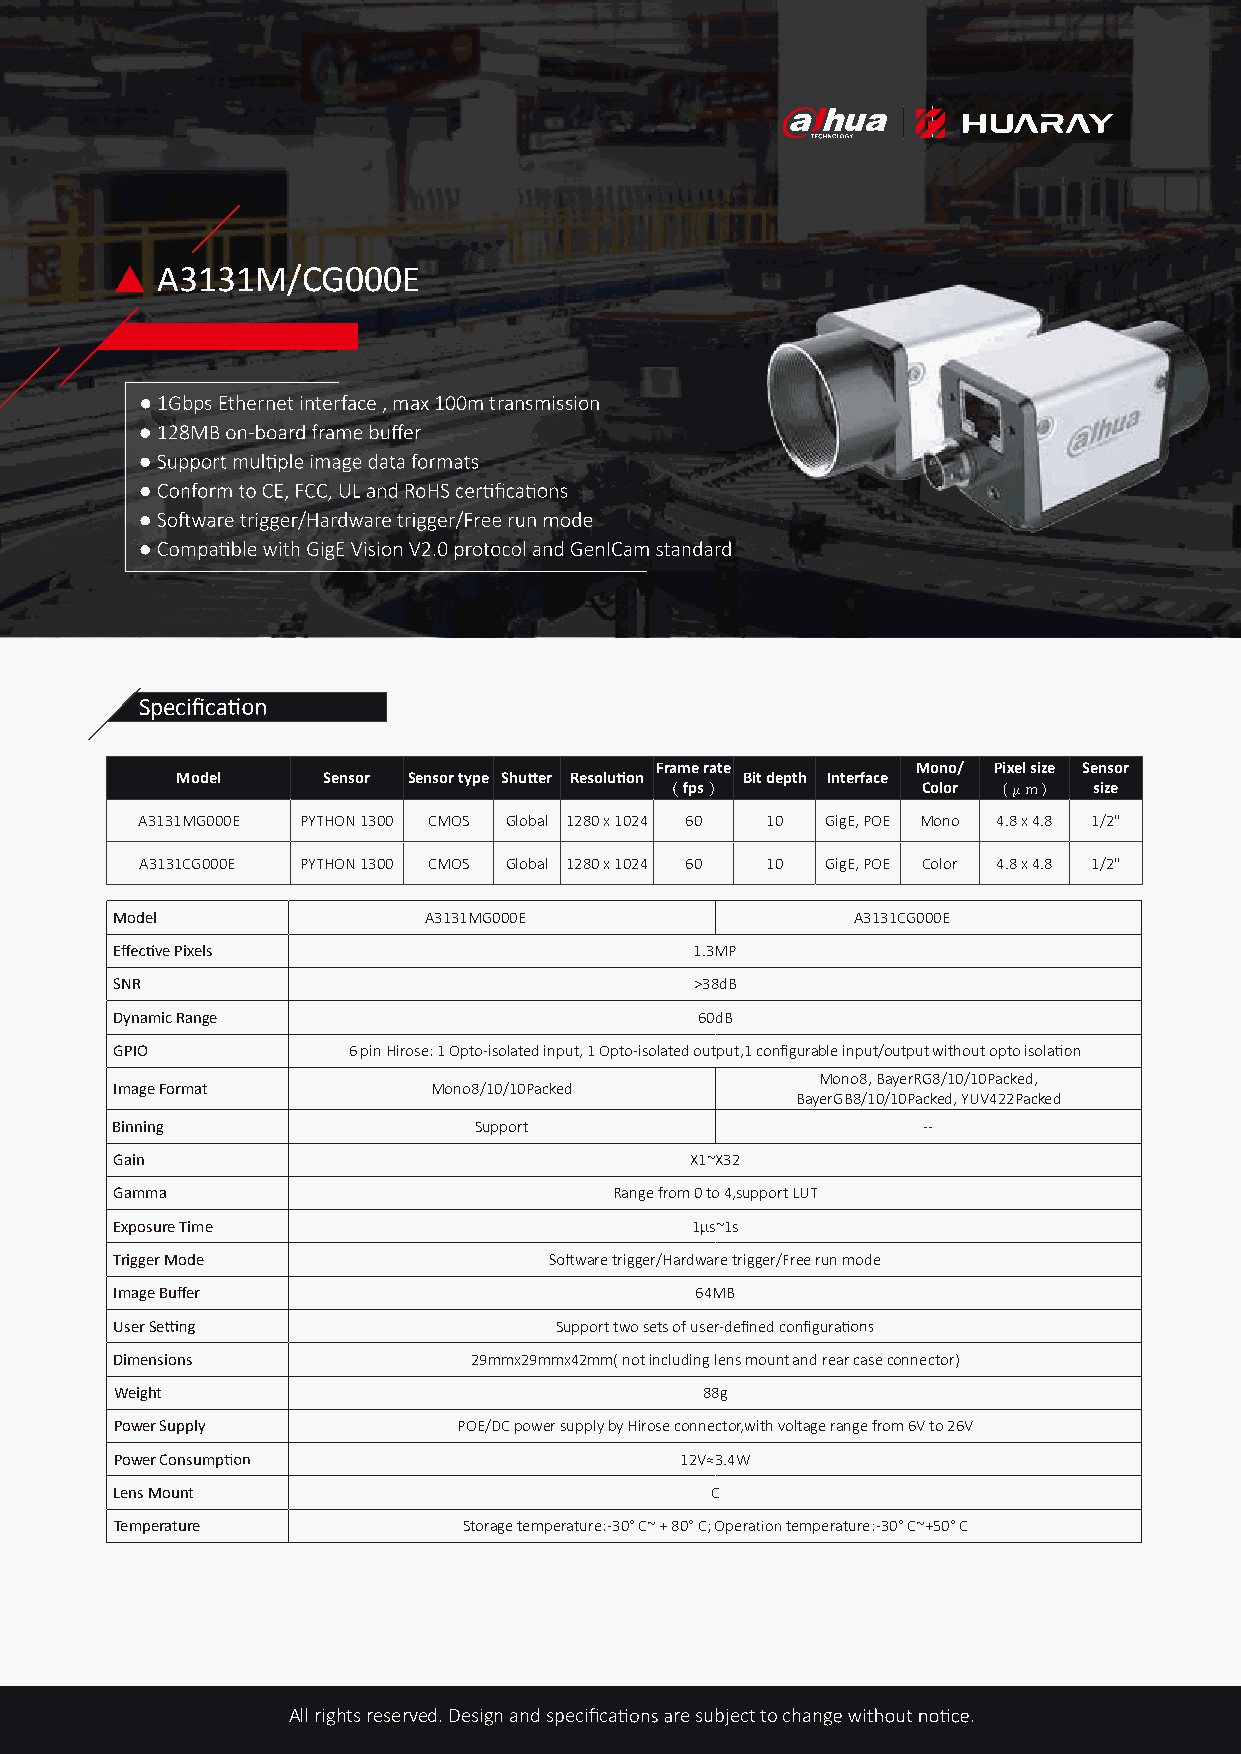
▲  A3131M/CG000E
 ● 1Gbps Ethernet interface , max 100m transmission
 Specifica
 Frame rate        Mono/ Pixel size Sensor
 Model    Sensor Sensor type Shu er R Bit depth Interface
 （ fps ）          Color (μm ) size
 A3131MG000E PYTHON 1300 CMOS Global 1280 x 1024 60 10 GigE, POE Mono 4.8 x 4.8 1/2"
 A3131CG000E PYTHON 1300 CMOS Global 1280 x 1024 60 10 GigE, POE Color 4.8 x 4.8 1/2"
 Model                A3131MG000E                 A3131CG000E
 Eff ve Pixels                         1.3MP
 SNR                                   >38dB
 Dynamic Range                         60dB
 GPIO           6 pin Hirose: 1 Opto-isolated input, 1 Opto-isolated output,1 configurable input/output without opto isola
 Mono8, BayerRG8/10/10Packed,
 Image Format         Mono8/10/10Packed
 BayerGB8/10/10Packed, YUV422Packed
 Binning                Support                       --
 Gain                                  X1~X32
 Gamma                            Range from 0 to 4,support LUT
 Exposure Time                         1μs~1s
 Trigger Mode                  ware trigger/Hardware trigger/Free run mode
 Image Buffer                          64MB
 User Se                      Support two sets of user-defined configura
 Dimensions             29mmx29mmx42mm( not including lens mount and rear case connector)
 Weight                                 88g
 Power Supply          POE/DC power supply by Hirose connector,with voltage range from 6V to 26V
 Power Consump                        12V≈3.4W
 Lens Mount                             C
 Temperature            Storage temperature: -30° C~ + 80° C; Opera temperature: -30° C~+50° C
 All rights reserved. Design and specifica re subject to chang